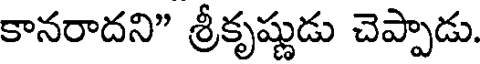
కానరాదని" శ్రీకృష్ణుడు చెప్పాడు.